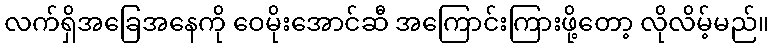
လက်ရှိအခြေအနေကို ဝေမိုးအောင်ဆီ အကြောင်းကြားဖို့တော့ လိုလိမ့်မည်။